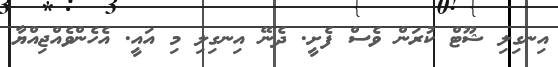
އިނގިލި ޝޫޓް ކުރަން ވެސް ފެށީ. ދެނޭ އިނގިލި މި އައީ. އެހެންވެއްޖިއްޔާ